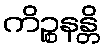
ကိဉ္စနန္တိ